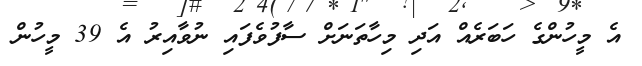
އެ މީހުންގެ ހަބަރެއް އަދި މިހާތަނަށް ސާފުވެފައި ނުވާއިރު އެ 39 މީހުން